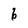
Character: 6